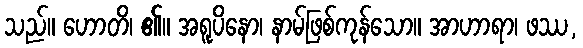
သည်။ ဟောတိ၊ ၏။ အရူပိနော၊ နာမ်ဖြစ်ကုန်သော။ အာဟာရာ၊ ဖဿ,